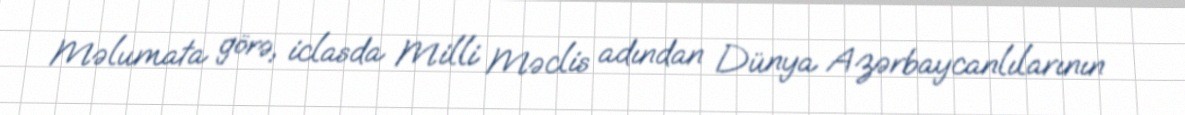
Məlumata görə, iclasda Milli Məclis adından Dünya Azərbaycanlılarının